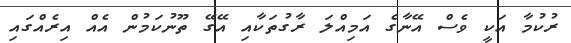
ރުކުމާ އަކީ ވެސް އޭނާގެ އަމިއްލަ ރާގުތަކާއި އޭގޭ ތޫނުކަމުން އެއް އިރެއްގައި